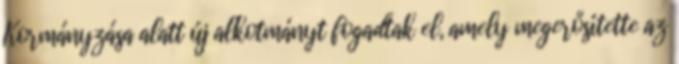
Kormányzása alatt új alkotmányt fogadtak el, amely megerősítette az